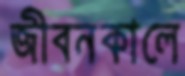
জীবনকালে